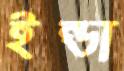
ইন্ডা